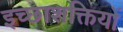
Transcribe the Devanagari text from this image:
इच्छाशक्तियों